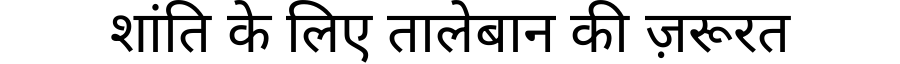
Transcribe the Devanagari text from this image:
शांति के लिए तालेबान की ज़रूरत